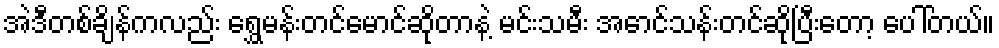
အဲဒီတစ်ချိန်ကလည်း ရွှေမန်းတင်မောင်ဆိုတာနဲ့ မင်းသမီး အောင်သန်းတင်ဆိုပြီးတော့ ပေါ်တယ်။